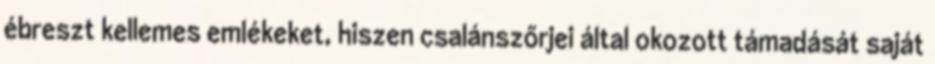
ébreszt kellemes emlékeket, hiszen csalánszőrjei által okozott támadását saját